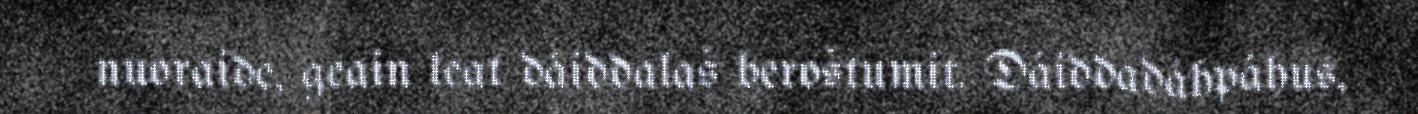
nuoraide, geain leat dáiddalaš beroštumit. Dáiddadáhpáhus,